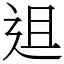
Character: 䢐